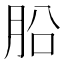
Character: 𣍬